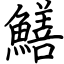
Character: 鱔